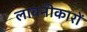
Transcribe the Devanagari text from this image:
लावनीकारों